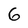
Character: 6